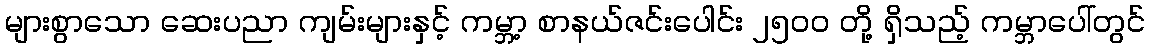
များစွာသော ဆေးပညာ ကျမ်းများနှင့် ကမ္ဘာ့ စာနယ်ဇင်းပေါင်း ၂၅၀၀ တို့ ရှိသည့် ကမ္ဘာပေါ်တွင်